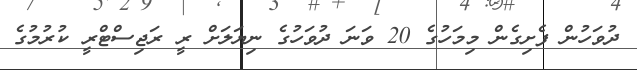
ދުވަހުން ފެށިގެން މިމަހުގެ 20 ވަނަ ދުވަހުގެ ނިޔަލަށް ރީ ރަޖިސްޓްރީ ކުރުމުގެ